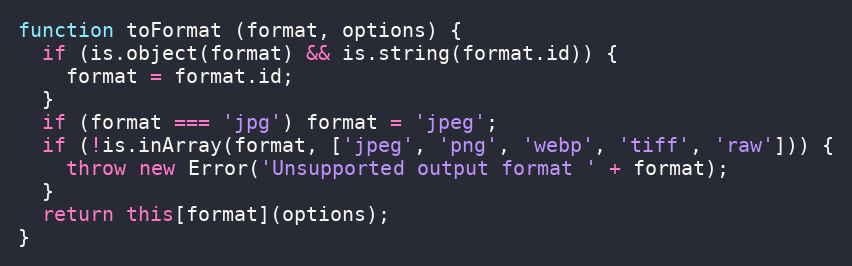
Language: JavaScript
function toFormat (format, options) {
  if (is.object(format) && is.string(format.id)) {
    format = format.id;
  }
  if (format === 'jpg') format = 'jpeg';
  if (!is.inArray(format, ['jpeg', 'png', 'webp', 'tiff', 'raw'])) {
    throw new Error('Unsupported output format ' + format);
  }
  return this[format](options);
}